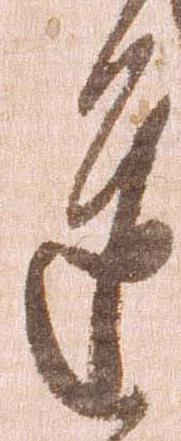
達